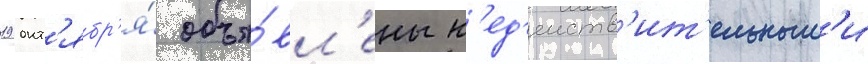
19 окт'ябр'я́ объя́вл'ены н'ед'еиств'ит'ельным'и